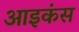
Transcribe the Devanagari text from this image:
आइकंस